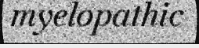
myelopathic